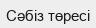
Сәбіз төресі